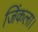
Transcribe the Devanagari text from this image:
जिंकला।